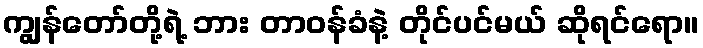
ကျွန်တော်တို့ရဲ့ ဘား တာဝန်ခံနဲ့ တိုင်ပင်မယ် ဆိုရင်ရော။